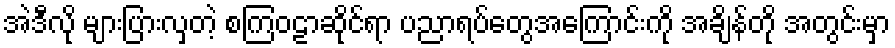
အဲဒီလို များပြားလှတဲ့ စကြဝဠာဆိုင်ရာ ပညာရပ်တွေအကြောင်းကို အချိန်တို အတွင်းမှာ